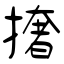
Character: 撦